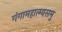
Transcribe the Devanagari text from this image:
गंगामहात्म्यसमु